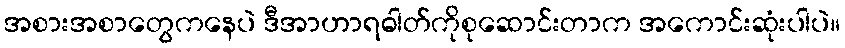
အစားအစာတွေကနေပဲ ဒီအာဟာရဓါတ်ကိုစုဆောင်းတာက အကောင်းဆုံးပါပဲ။